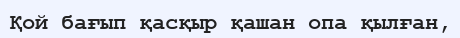
Қой бағып қасқыр қашан опа қылған,